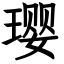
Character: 璎